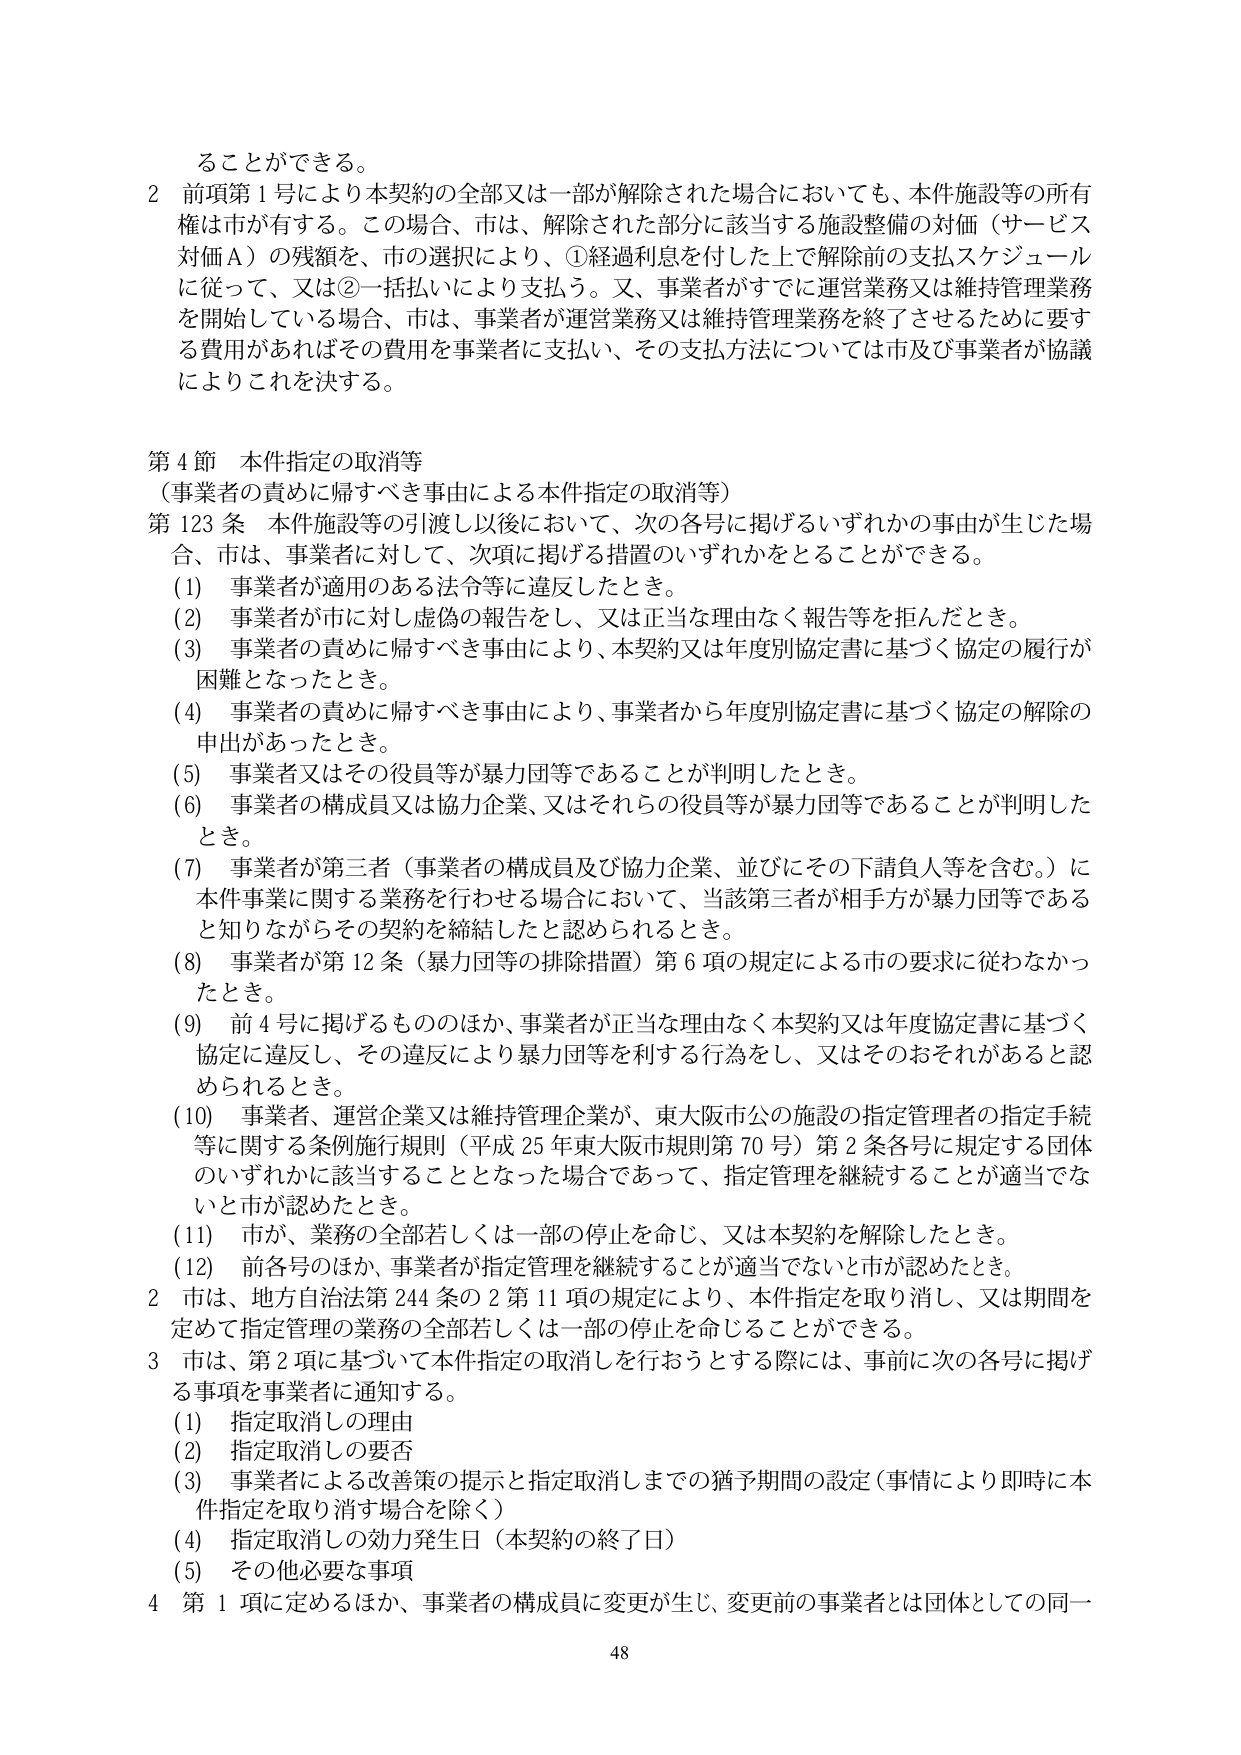
ることができる。

2 前項第1号により本契約の全部又は一部が解除された場合においても、本件施設等の所有権は市が有する。この場合、市は、解除された部分に該当する施設整備の対価（サービス対価Ａ）の残額を、市の選択により、①経過利息を付した上で解除前の支払スケジュールに従って、又は②一括払いにより支払う。又、事業者がすでに運営業務又は維持管理業務を開始している場合、市は、事業者が運営業務又は維持管理業務を終了させるために要する費用があればその費用を事業者に支払い、その支払方法については市及び事業者が協議によりこれを決する。

第4節 本件指定の取消等
（事業者の責めに帰すべき事由による本件指定の取消等）

第123条 本件施設等の引渡し以後において、次の各号に掲げるいずれかの事由が生じた場合、市は、事業者に対して、次項に掲げる措置のいずれかをとることができる。

(1) 事業者が適用のある法令等に違反したとき。

(2) 事業者が市に対し虚偽の報告をし、又は正当な理由なく報告等を拒んだとき。

(3) 事業者の責めに帰すべき事由により、本契約又は年度別協定書に基づく協定の履行が困難となったとき。

(4) 事業者の責めに帰すべき事由により、事業者から年度別協定書に基づく協定の解除の申出があったとき。

(5) 事業者又はその役員等が暴力団等であることが判明したとき。

(6) 事業者の構成員又は協力企業、又はそれらの役員等が暴力団等であることが判明したとき。

(7) 事業者が第三者（事業者の構成員及び協力企業、並びにその下請負人等を含む。）に本件事業に関する業務を行わせる場合において、当該第三者が相手方が暴力団等であると知りながらその契約を締結したと認められるとき。

(8) 事業者が第12条（暴力団等の排除措置）第6項の規定による市の要求に従わなかったとき。

(9) 前4号に掲げるもののほか、事業者が正当な理由なく本契約又は年度協定書に基づく協定に違反し、その違反により暴力団等を利する行為をし、又はそのおそれがあると認められるとき。

(10) 事業者、運営企業又は維持管理企業が、東大阪市公の施設の指定管理者の指定手続等に関する条例施行規則（平成25年東大阪市規則第70号）第2条各号に規定する団体のいずれかに該当することとなった場合であって、指定管理を継続することが適当でないと市が認めたとき。

(11) 市が、業務の全部若しくは一部の停止を命じ、又は本契約を解除したとき。

(12) 前各号のほか、事業者が指定管理を継続することが適当でないと市が認めたとき。

2 市は、地方自治法第244条の2第11項の規定により、本件指定を取り消し、又は期間を定めて指定管理の業務の全部若しくは一部の停止を命じることができる。

3 市は、第2項に基づいて本件指定の取消しを行おうとする際には、事前に次の各号に掲げる事項を事業者に通知する。

(1) 指定取消しの理由

(2) 指定取消しの要否

(3) 事業者による改善策の提示と指定取消しまでの猶予期間の設定（事情により即時に本件指定を取り消す場合を除く）

(4) 指定取消しの効力発生日（本契約の終了日）

(5) その他必要な事項

4 第1項に定めるほか、事業者の構成員に変更が生じ、変更前の事業者とは団体としての同一

48